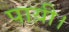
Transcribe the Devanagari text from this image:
पाय़ी।